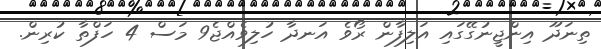
ތިނަދޫ އިންޖީނުގޭގައި އަލިފާން ރޯވެ އަނދާ ހުލިވެއްޖެ9 މަސް 4 ހަފްތާ ކުރިން.